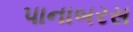
પાનાબરસ